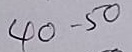
40 - 50